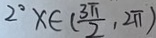
2 ^ { 2 } x \in ( \frac { 3 \pi } { 2 } , 2 \pi )